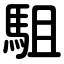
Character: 駔